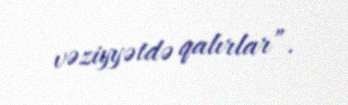
vəziyyətdə qalırlar”.